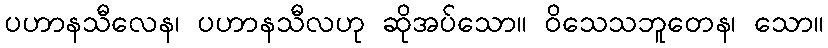
ပဟာနသီလေန၊ ပဟာနသီလဟု ဆိုအပ်သော။ ဝိသေသဘူတေန၊ သော။